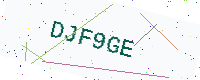
Text: DJF9GE